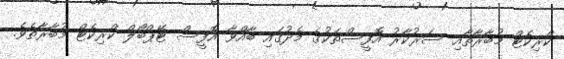
ކްރިކެޓް މުބާރާތާއި ސަރުކާރު އޮފީސްތަކުގެ މެދުގައި ބާއްވާ އޮފީސް ޓޭޕްބޯލް ކްރިކެޓް މުބާރާތެވެ.